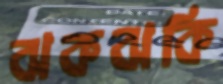
ঝকঝকি